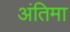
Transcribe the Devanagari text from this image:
अंतिमा